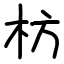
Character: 枋